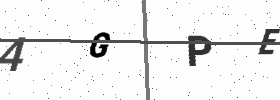
Text: 4GPE